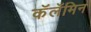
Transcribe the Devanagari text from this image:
कॅलॅमिन